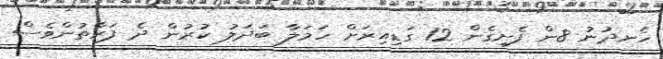
ހެނދުނު 8ން ފެށިގެން 12 ގަޑިއިރަށް ހަމަލާ ބަދަލު ކުރުން ދެ ފަރާތުންވެސް